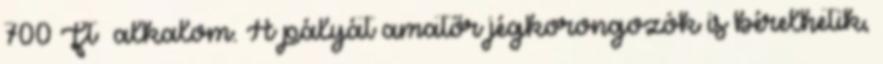
700 Ft alkalom. A pályát amatőr jégkorongozók is bérelhetik,